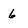
Character: 6